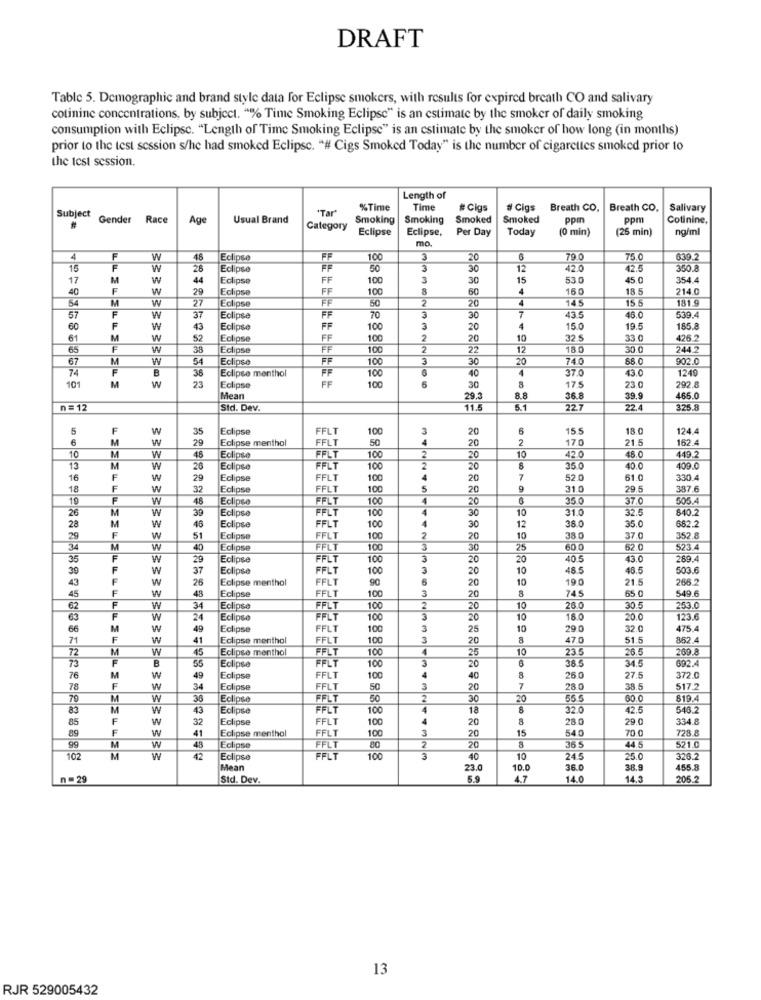
DRAFT
Table 5. Demographic and brand style data for Eclipse smokers, with results for expired breath CO and salivary
cotinine concentrations, by subject. "% Time Smoking Eclipse" is an estimate by the smoker of daily smoking
consumption with Eclipse. "Length of Time Smoking Eclipse" is an estimate by the smoker of how long (in months)
prior to the test session s/he had smoked Eclipse. "# Cigs Smoked Today" is the number of cigarettes smoked prior to
the test session.
Length of
"Tar"
%Time
Time
# Cigs
# Cigs
Breath CO.
Breath CO.
Salivary
Subject
Gender
Race
Age
Usual Brand
Smoking
Smoking
Smoked
Smoked
ppm
ppm
Cotinine,
#
Category
Eclipse
Eclipse,
Per Day
Today
(0 min)
(25 min)
ng/ml
mo.
4
F
W
48
Eclipse
FF
100
3
20
79.0
75.C
639.2
15
F
W
28
Eclipse
FF
50
3
30
12
42.0
42.5
350.
17
M
W
44
Eclipse
FF
100
3
30
15
53.0
45.0
354.4
40
F
W
29
Eclipse
FF
100
60
4
150
18.5
214.0
54
M
W
27
Eclipse
FF
50
4
145
15.5
181.9
20
7
57
F
W
37
Eclipse
FF
70
3
30
43.5
46.0
539.4
60
F
W
43
Eclipse
FF
100
3
20
4
15.0
19.5
185.8
61
M
W
52
Eclipse
FF
100
2
20
10
32.5
33.0
426.2
65
F
W
38
Eclipse
FF
100
2
22
12
18.0
30.0
244.2
67
M
W
54
Eclipse
FF
100
3
30
20
74.0
88.0
902.0
74
F
B
38
Eclipse menthol
40
1
37.0
1249
W
23
100
43.0
10
M
Eclipse
FF
100
30
8
17.5
23.0
292.8
Mean
29.3
8.8
36.8
39,9
465.0
n = 12
Std. Dev.
11.5
22.7
22.4
325.8
F
W
35
Eclipse
FFLT
100
3
20
5
15.5
18.0
124.4
6
M
w
29
Eclipse menthol
FFLT
50
20
2
17.0
21.5
162.4
10
42.0
M
W
48
Eclipse
FFLT
100
20
10
46.0
449.2
13
M
W
26
Eclipse
FELT
100
20
35.0
40.0
409.0
16
F
W
29
Eclipse
FFLT
100
20
7
52.0
61.0
330.4
18
F
w
32
Eclipse
FFLT
100
5
20
9
31.0
29.5
387.6
19
F
W
48
Eclipse
FELT
100
20
35.0
37.0
505.4
26
M
W
39
Eclipse
FFLT
100
30
10
31.0
32.5
840.2
38.0
28
M
W
46
Eclipse
FFLT
100
30
12
35.0
682.2
29
F
w
51
Eclipse
FFLT
100
2
20
10
38 0
37.0
352.8
34
M
W
40
Eclipse
FFLT
100
3
30
25
60 0
62.0
523.4
36
F
W
29
Eclipse
FFLT
100
3
20
20
40 5
43.0
289.4
39
W
37
Eclipse
FFLT
100
20
10
48.5
46.5
503.6
43
W
26
Eclipse menthol
FLT
90
6
10
19 0
21.5
266.2
45
F
W
49
Eclipse
3
20
745
65.0
549.6
FFLT
100
20
62
W
34
Eclipse
FFLT
100
2
20
10
26.0
30.5
253.0
63
W
24
Eclipse
FFLT
100
3
20
10
18.0
20.0
123.6
66
W
49
Eclipse
FFLT
100
3
25
10
29.0
32.0
475.4
71
W
41
Eclipse menthol
FFLT
100
20
470
51.5
852.4
72
M
W
45
Eclipse menthol
100
10
23.5
26.5
269.8
73
56
FFLT
25
6
302.4
B
Eclipse
FFLT
100
20
38.5
34.5
76
M
W
49
Eclipse
FFLT
100
40
8
26.0
27.5
372.0
78
F
W
34
Eclipse
FFLT
50
3
20
7
28.0
38.5
517.2
70
M
W
36
Eclipse
FFLT
50
2
30
20
55.5
60.0
819.4
83
M
W
43
Eclipse
FFLT
100
4
18
32.0
42.5
546.2
85
W
32
Eclipse
FFLT
100
20
8
28.0
29.0
334.8
89
W
41
Eclipse menthol
FFLT
100
3
15
54.0
70 0
728.8
2
20
521.0
99
M
W
43
Eclipse
FFLT
80
20
8
36 5
44 5
02
M
W
42
Eclipse
FELT
1.00
3
40
24.5
25.0
326.2
Mean
23.
10.0
36.0
38.9
455.8
n = 29
Std. Dev.
5.9
4.7
14.0
14.3
205.2
13
RJR 529005432